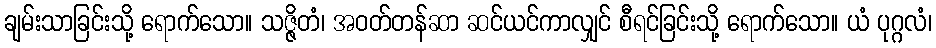
ချမ်းသာခြင်းသို့ ရောက်သော။ သဇ္ဇိတံ၊ အဝတ်တန်ဆာ ဆင်ယင်ကာလျှင် စီရင်ခြင်းသို့ ရောက်သော။ ယံ ပုဂ္ဂလံ၊